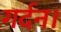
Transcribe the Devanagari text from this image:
गर्दन।